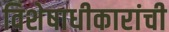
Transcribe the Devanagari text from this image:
विशेषाधीकारांची